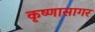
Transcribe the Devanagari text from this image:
कृष्णासागर